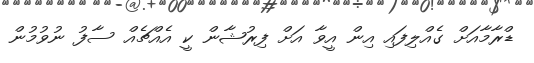
ޑްރާމާއަށް ގެއްލިފައި އިން އީވާ އަށް ފިރުޝާން ކީ އެއްޗެއް ސާފު ނުވުމުން